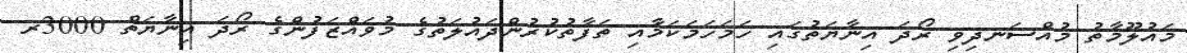
މައުލޫމާތު މުއްސަނދިވި ރޯދަ އިނާޔަތުގައި ހަމަހަމަކަމާއި ތަފާތުކުރުންދައުލަތުގެ މުވައްޒަފުންގެ ރޯދަ އިނާޔަތް 3000ރ